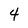
Character: 4